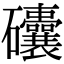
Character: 𥗾